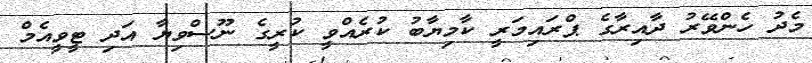
މެދު ހެންވޭރު ދާއިރާގެ ޕްރައިމަރީ ކާމިޔާބު ކުރެއްވީ ކުރީގެ ނޫސްވިޔާ އަދި ޓީވީއެމް